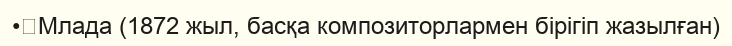
•	Млада (1872 жыл, басқа композиторлармен бірігіп жазылған)